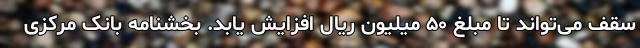
سقف می‌تواند تا مبلغ ۵۰ میلیون ریال افزایش یابد. بخشنامه بانک مرکزی